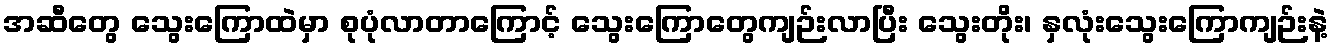
အဆီတွေ သွေးကြောထဲမှာ စုပုံလာတာကြောင့် သွေးကြောတွေကျဉ်းလာပြီး သွေးတိုး၊ နှလုံးသွေးကြောကျဉ်းနဲ့